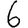
Digit: 6